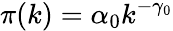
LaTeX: \pi(k)=\alpha_{0}k^{-\gamma_{0}}